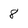
Character: 8